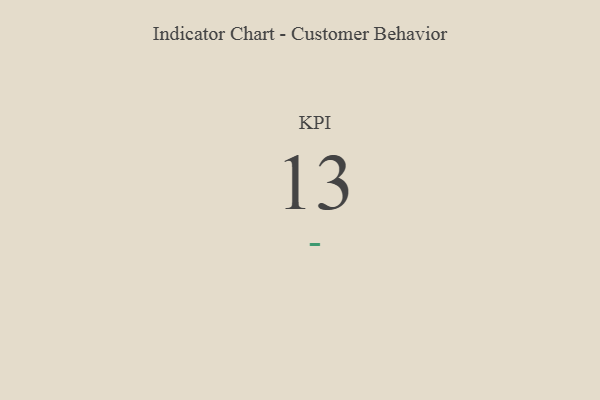
{"axis": {"x": "KPI", "y": "Value"}, "legend": [""], "data": [{"x": "KPI", "y": 13, "type": ""}]}